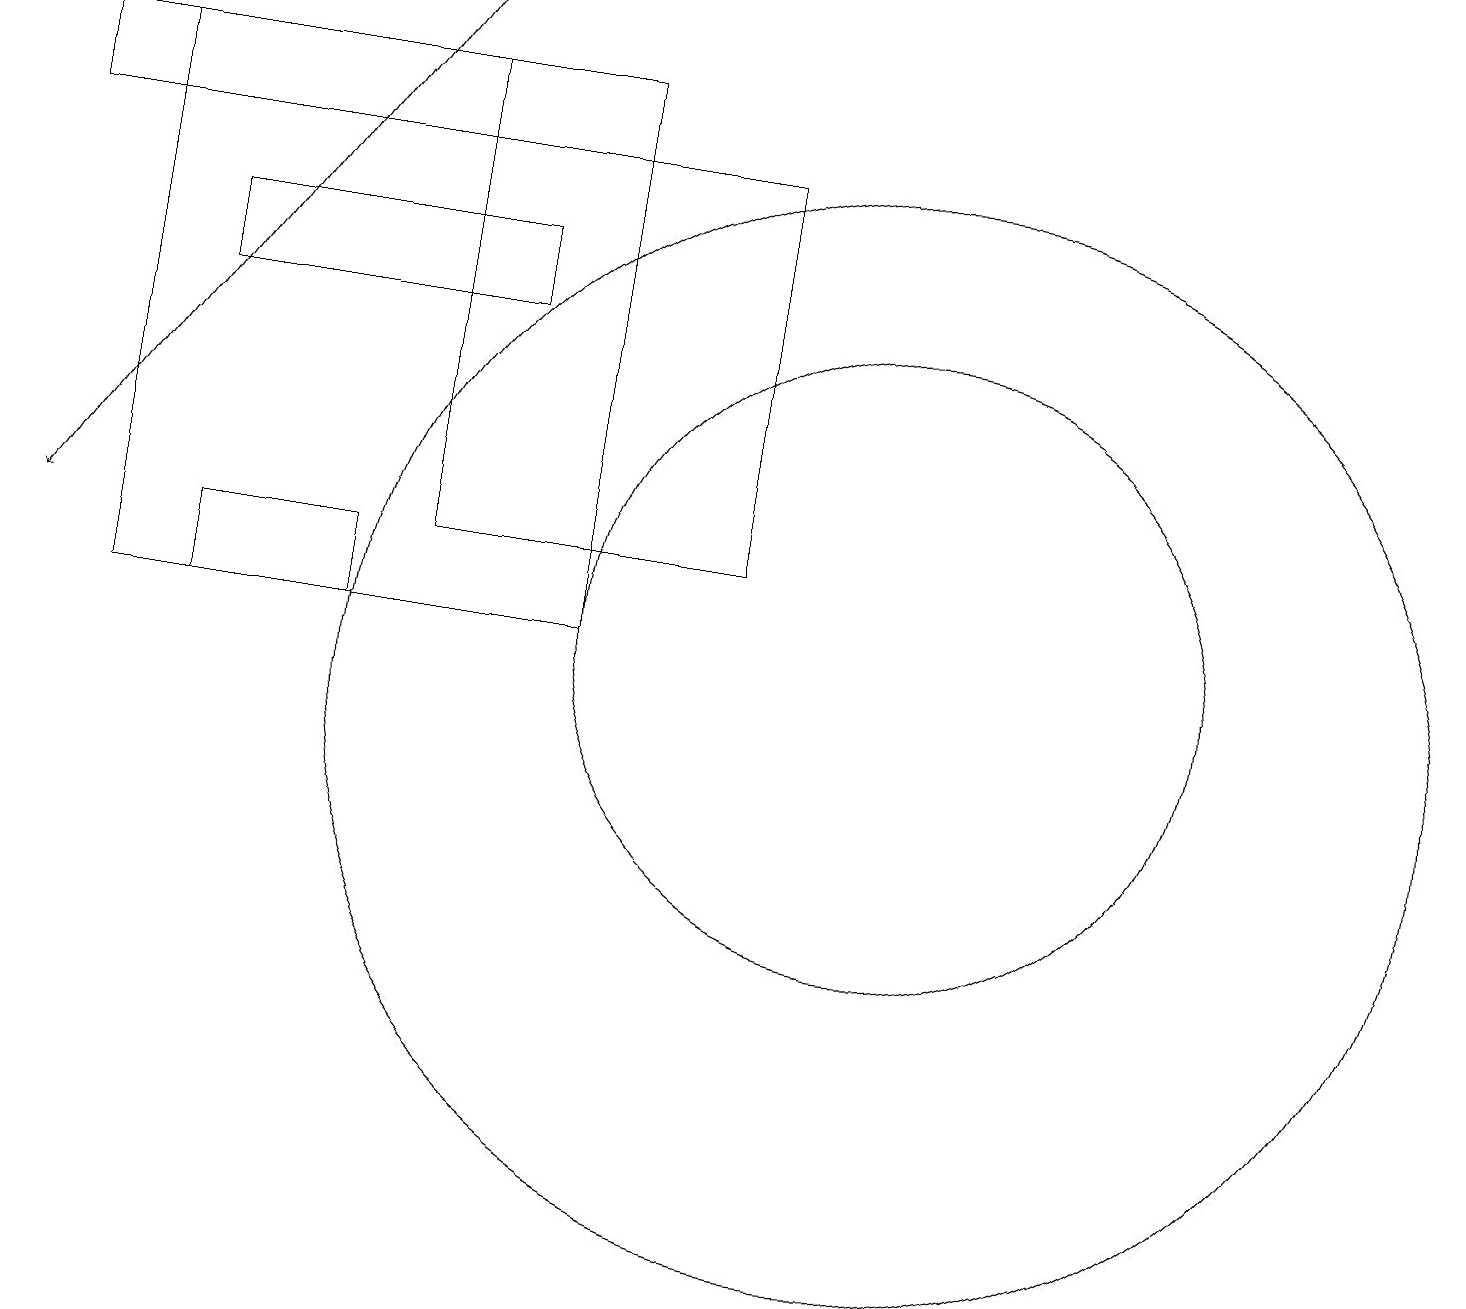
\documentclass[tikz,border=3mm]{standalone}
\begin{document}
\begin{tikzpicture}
\draw (4,12) rectangle (2,11);
\draw[->] (5,19) -- (0,12);
\draw (11,11) circle (4);
\draw (5,17) rectangle (9,12);
\draw (5,18) rectangle (0,17);
\draw (11,10) circle (7);
\draw (2,15) rectangle (6,16);
\draw (1,11) rectangle (7,18);
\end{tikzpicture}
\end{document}